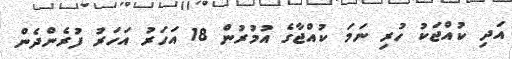
އަދި ކުއްޖަކު ހުރި ނަމަ ކުއްޖާގެ އުމުރުން 18 އަހަރު އަހަރު ފުރެންދެން